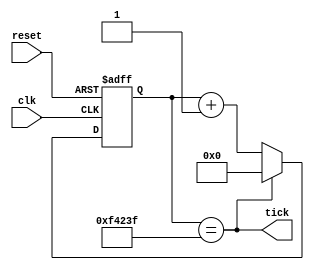
`timescale 1ns / 1ps
//////////////////////////////////////////////////////////////////////////////////
// Project: Lab 1
// Created by <Vinh Vu> on <September 22, 2018>
// Copright @ 2018 <Vinh Vu>. All rights reserved
//
// Purpose: The ticker intakes in the default clock frequency and generate a 
// 10 ms clock. 
// 
// In submitting this file for class work at CSULB
// I am confirming that this is my work and the work of no one else. In 
// submitting this code I acknowledge that plagiarism in student project
// work is subject to dismissal from the class. 
////////////////////////////////////////////////////////////////////////////////
module ticker( clk , reset , tick ) ;
	// Input declarations
	input       clk   , reset ;
	
	// Output declarations
	output      tick  ; 
	
	// Register to hold values for D and count 
	reg  [19:0] count , D ;
	
	// Tick goes high if count counts up to 999,999 in decimal
	assign tick = (count == 20'd999_999);
	
	// If tick goes high, reset D. If tick is not yet high,
	// continue to increment D
	always @ (*)
		if (tick) 
			D = 20'b0;
		else
			D = count + 20'b1;
	
	// If reset goes high, count goes 0. Else count gets D for 
	// incrementing 
	always @ (posedge clk, posedge reset)
		if (reset) 
			count <= 20'b0;
		else
			count <= D;
		
endmodule // end of ticker